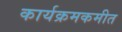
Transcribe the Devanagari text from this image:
कार्यक्रमकमीत